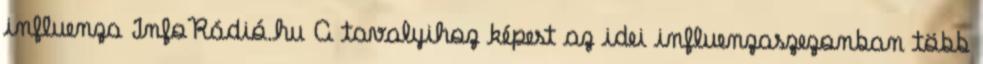
influenza InfoRádió.hu A tavalyihoz képest az idei influenzaszezonban több